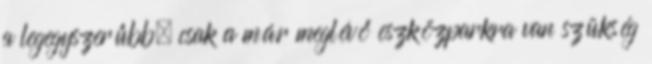
a legegyszerűbb, csak a már meglévő eszközparkra van szükség